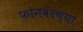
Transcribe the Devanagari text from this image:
फोनवरच्या